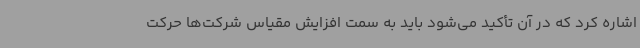
اشاره کرد که در آن تأکید می‌شود باید به سمت افزایش مقیاس شرکت‌ها حرکت